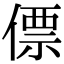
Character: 僄